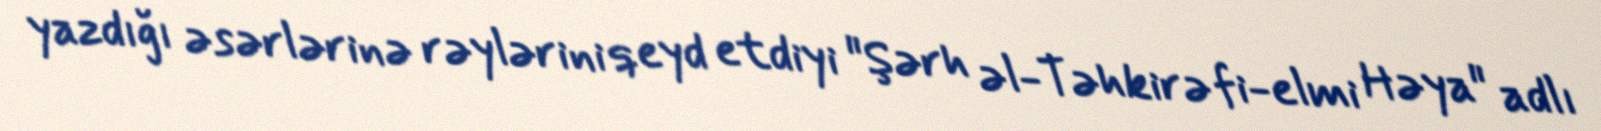
yazdığı əsərlərinə rəylərini qeyd etdiyi "Şərh əl-Təhkirə fi-elmi Həya" adlı